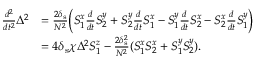
\begin{array} { r l } { \frac { d ^ { 2 } } { d t ^ { 2 } } \Delta ^ { 2 } } & { = \frac { 2 \delta _ { \mathrm { s } } } { N ^ { 2 } } \bigg ( S _ { 1 } ^ { x } \frac { d } { d t } S _ { 2 } ^ { y } + S _ { 2 } ^ { y } \frac { d } { d t } S _ { 1 } ^ { x } - S _ { 1 } ^ { y } \frac { d } { d t } S _ { 2 } ^ { x } - S _ { 2 } ^ { x } \frac { d } { d t } S _ { 1 } ^ { y } \bigg ) } \\ & { = 4 \delta _ { \mathrm { s } } \chi \Delta ^ { 2 } S _ { 1 } ^ { z } - \frac { 2 \delta _ { \mathrm { s } } ^ { 2 } } { N ^ { 2 } } ( S _ { 1 } ^ { x } S _ { 2 } ^ { x } + S _ { 1 } ^ { y } S _ { 2 } ^ { y } ) . } \end{array}